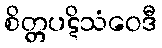
စိတ္တပဋိသံဝေဒီ